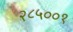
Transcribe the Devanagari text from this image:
२८५००१